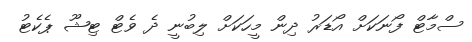
ސްމާޓް ފޯނަކަށް އޯޑަރު ދިން މީހަކަށް ލިބުނީ ދެ ވެޓް ޓިޝޫ ޕެކެޓު